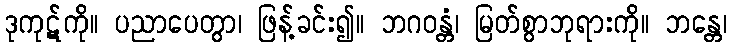
ဒုကုဋ်ကို။ ပညာပေတွာ၊ ဖြန့်ခင်း၍။ ဘဂဝန္တံ၊ မြတ်စွာဘုရားကို။ ဘန္တေ၊